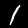
Digit: 1